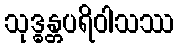
သုဒ္ဓန္တပရိဝါသဿ